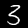
Digit: 3